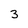
Character: 3